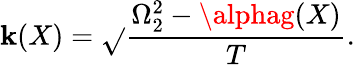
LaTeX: \mathbf{k}(X)=\sqrt{}{{\frac{{\Omega_{2}^{2}-\alphag(X)}}{{T}}}}.